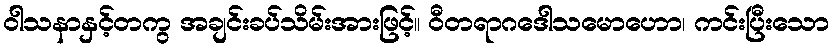
ဝါသနာနှင့်တကွ အချင်းခပ်သိမ်းအားဖြင့်။ ဝီတရာဂဒေါသမောဟော၊ ကင်းပြီးသော